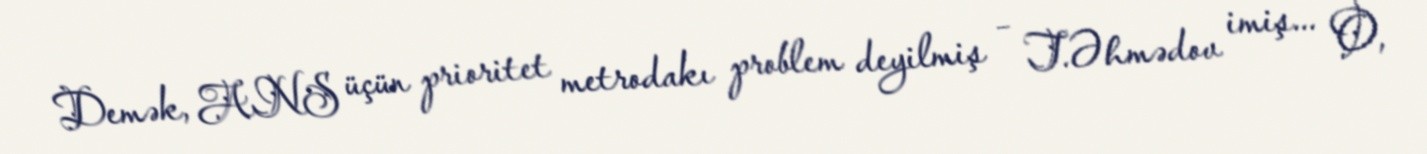
Demək, ANS üçün prioritet metrodakı problem deyilmiş – T.Əhmədov imiş... O,